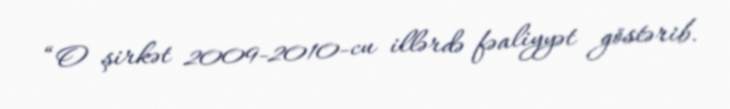
“O şirkət 2009-2010-cu illərdə fəaliyyət göstərib.